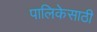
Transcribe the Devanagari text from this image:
पालिकेसाठी